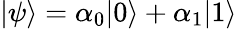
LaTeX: |\psi\rangle=\alpha_{0}|0\rangle+\alpha_{1}|1\rangle